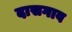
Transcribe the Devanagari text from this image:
दासगाव